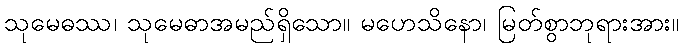
သုမေဓဿ၊ သုမေဓာအမည်ရှိသော။ မဟေသိနော၊ မြတ်စွာဘုရားအား။